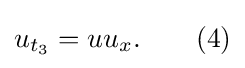
u_{t_{3}}=uu_{x}.\qquad (4)